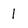
Character: 1